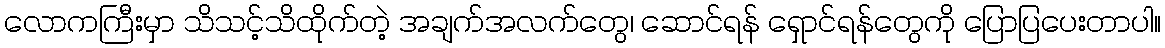
လောကကြီးမှာ သိသင့်သိထိုက်တဲ့ အချက်အလက်တွေ၊ ဆောင်ရန် ရှောင်ရန်တွေကို ပြောပြပေးတာပါ။